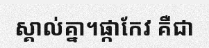
ស្គាល់គ្នា។ផ្កាកែវ គឺជា